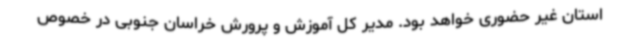
استان غیر حضوری خواهد بود. مدیر کل آموزش و پرورش خراسان جنوبی در خصوص